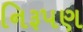
નિરૂપણ